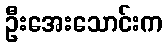
ဦးအေးသောင်းက